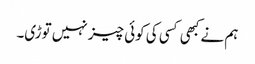
ہم نے کبھی کسی کی کوئی چیز نہیں توڑی۔